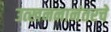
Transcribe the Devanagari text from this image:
उत्खननानंतरचे